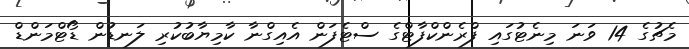
މެޗުގެ 14 ވަނަ މިނެޓުގައި ފްރެންކްފާޓްގެ ސްޓެފަން އެއިގްނާ ކާމިޔާބުކުރި ލަނޑުން ޑޯޓްމަންޑް